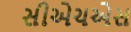
સીએચએસ